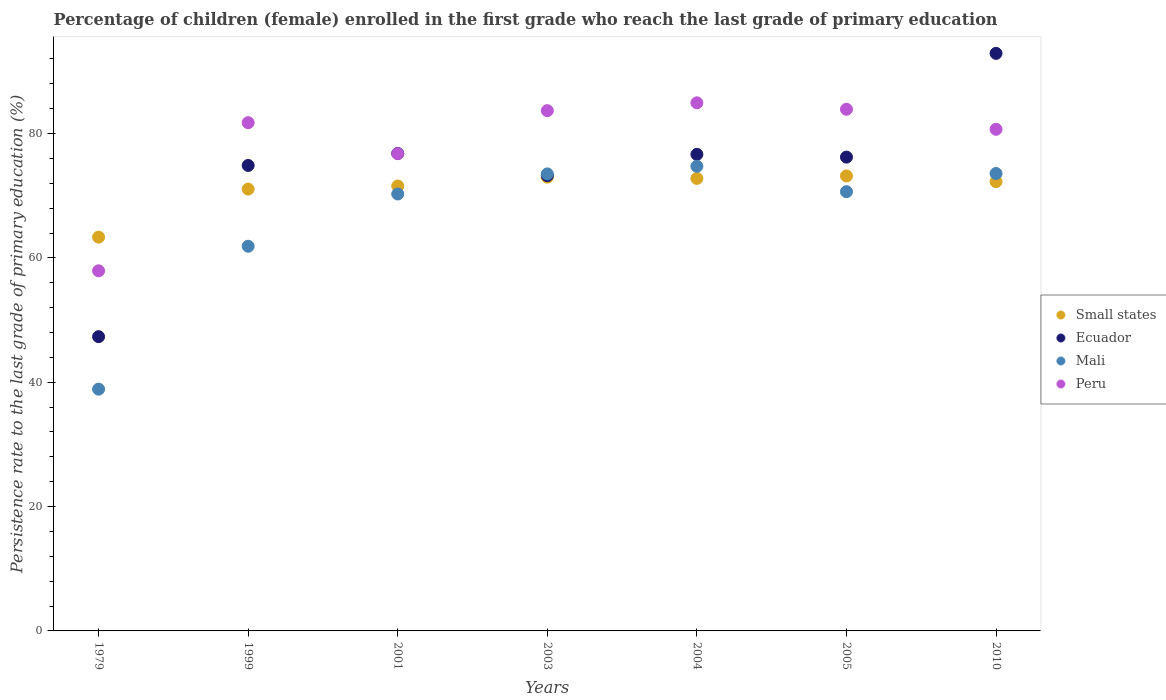
| Years | Small states | Ecuador | Mali | Peru |
 | --- | --- | --- | --- | --- |
 | 1979 | 63.3 | 47.3 | 38.9 | 57.9 |
 | 1999 | 71.1 | 74.9 | 61.9 | 81.8 |
 | 2001 | 71.6 | 76.8 | 70.3 | 76.8 |
 | 2003 | 73 | 73.2 | 73.5 | 83.7 |
 | 2004 | 72.8 | 76.7 | 74.7 | 84.9 |
 | 2005 | 73.2 | 76.2 | 70.7 | 83.9 |
 | 2010 | 72.3 | 92.9 | 73.6 | 80.7 |